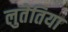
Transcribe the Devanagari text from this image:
लुतेतिया